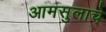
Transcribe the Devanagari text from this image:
आमसुलाचे